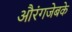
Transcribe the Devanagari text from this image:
औरंगजेबके